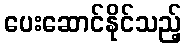
ပေးဆောင်နိုင်သည့်